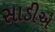
સાડીએ